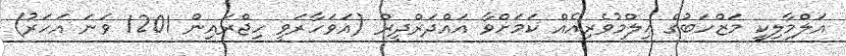
އަލްމާލިކީ މަޒްހަބުގެ ޢިލްމުވެރިއެއް ކަމަށްވާ އައްދަރްދީރް (އަވަހާރަވީ ހިޖްރައިން 1201 ވަނަ އަހަރު)